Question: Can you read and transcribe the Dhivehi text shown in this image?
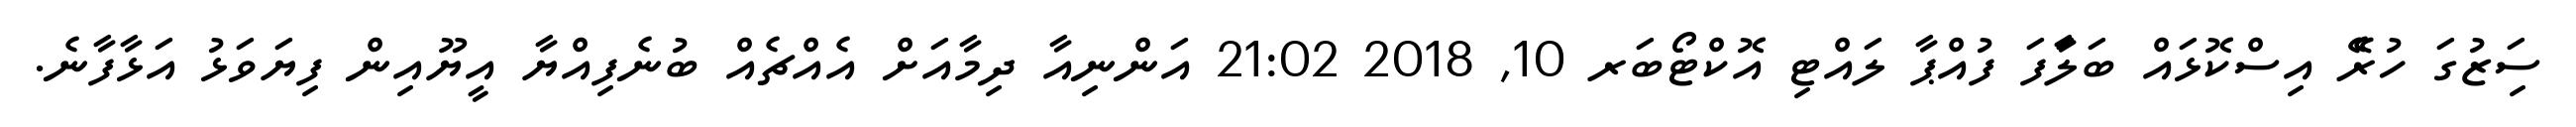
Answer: ސަިޒުގަ ހުރެޭ އިސްކޮޅައް ބަލަާފަ ފުއްޕާ ލައްޓި އޮކްޓޯބަރ 10, 2018 21:02 އަންނިއާ ދިމާއަށް އެއްޗެއް ބުނެފިއްޔާ އީޔޫއިން ފިޔަވަޅު އަޅާފާނެ.